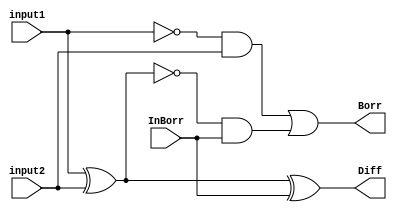
module fullsubtractor_dataflow(output Diff, Borr, input input1, input2, InBorr);
 
  //Dataflow
  assign Diff = input1 ^ input2 ^ InBorr;
  assign Borr = ((~input1) & input2 ) | (~(input1 ^ input2 ) & InBorr);

endmodule


module fullsubtractor_test;

  //inputs
  reg input1;
  reg input2;
  reg InBorr;

  //outputs
  wire Diff;
  wire Borr;

  //instantiat unit under test
  fullsubtractor_dataflow ha ( .Diff(Diff), .Borr(Borr), .input1(input1), .input2(input2), .InBorr(InBorr));

  initial begin

    {input1, input2, InBorr} = 0;
  end
  
  always #4 input1 = input1 + 1'b1;
  always #2 input2 = input2 + 1'b1;
  always #1 InBorr = InBorr + 1'b1;

  initial begin
    $dumpfile("fullsubtractor_dataflow.vcd");
    $dumpvars(0, fullsubtractor_test);
    $monitor("time=%g,Diff =%b,Borr =%b, input1=%b, input2=%b, InBorra=%b", $time, Diff, Borr, input1, input2, InBorr);
  end
  
  initial #20 $finish; 

endmodule